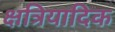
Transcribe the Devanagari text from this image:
क्षत्रियादिक